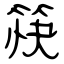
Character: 筷